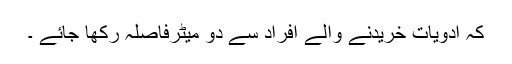
کہ ادویات خریدنے والے افراد سے دو میٹرفاصلہ رکھا جائے ۔